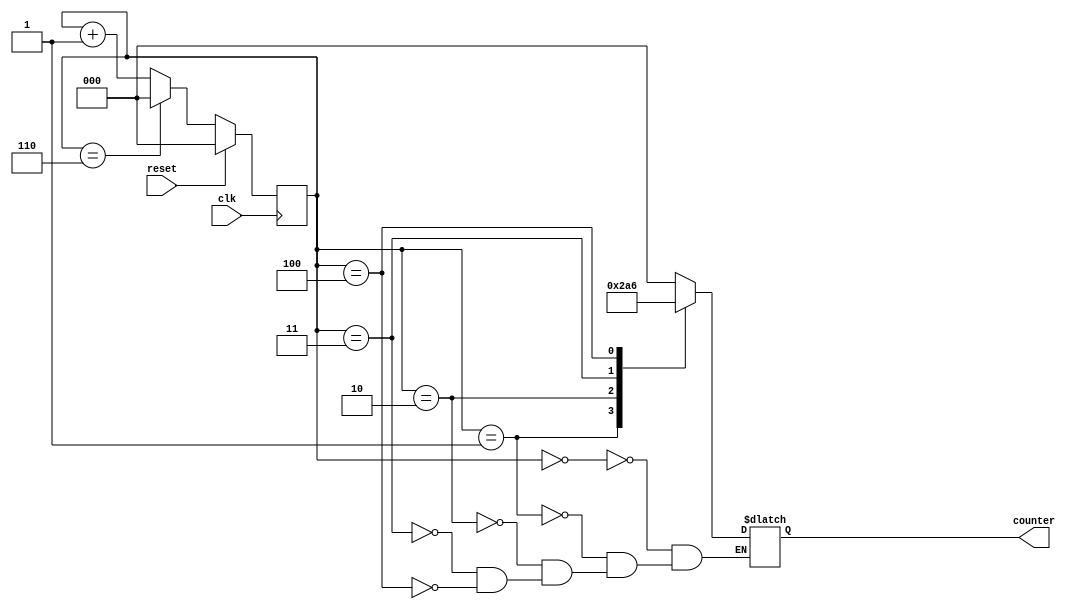
//Counter with binary sequence 0,1,2,4,6
module Counter01246 (counter, clk, reset);
input clk, reset;
output reg [2:0] counter;
reg [2:0] count;

always @ (posedge clk)
begin
  if (reset) count <= 0;
  else if (count == 6) count <= 0;
  else count <= count + 1;
end

always @ (count)
begin
  case (count)
  3'b000 : counter <= 3'b000;
  3'b001 : counter <= 3'b001;
  3'b010 : counter <= 3'b010;
  3'b011 : counter <= 3'b100;
  3'b100 : counter <= 3'b110;
  endcase
end
endmodule

//testbench for code
module Counter01246tb;
wire [2:0] counter;
reg clk, reset;

Counter01246 cnt(counter, clk, reset);

initial
begin
  clk =0; reset =1; #10; reset = 0; #200; $finish;
end

always #5 clk = ~clk;

initial begin
$dumpfile("dump.vcd"); $dumpvars;
end
endmodule